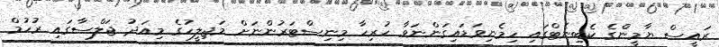
ރައީސް ޔާމީންގެ ކެބިނެޓްގައި ހިމެނިވަޑައިގަންނަވާ ހުރިހާ މިނިސްޓަރުންނަށް މަޖިލީހުގެ މިއަދު ޖަލްސާގައި ރުހުމް